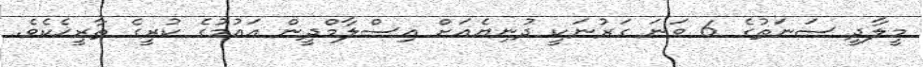
މީލާދީ ސަނަތުގެ 6 ވަނަ ގަރުނަކީ ދުނިޔެއަށް އިސްލާމްދީން އައުމުގެ ކުރީގެ ތާރީޚެކެވެ.